Scottish Leaving Certificate Examination, 1958
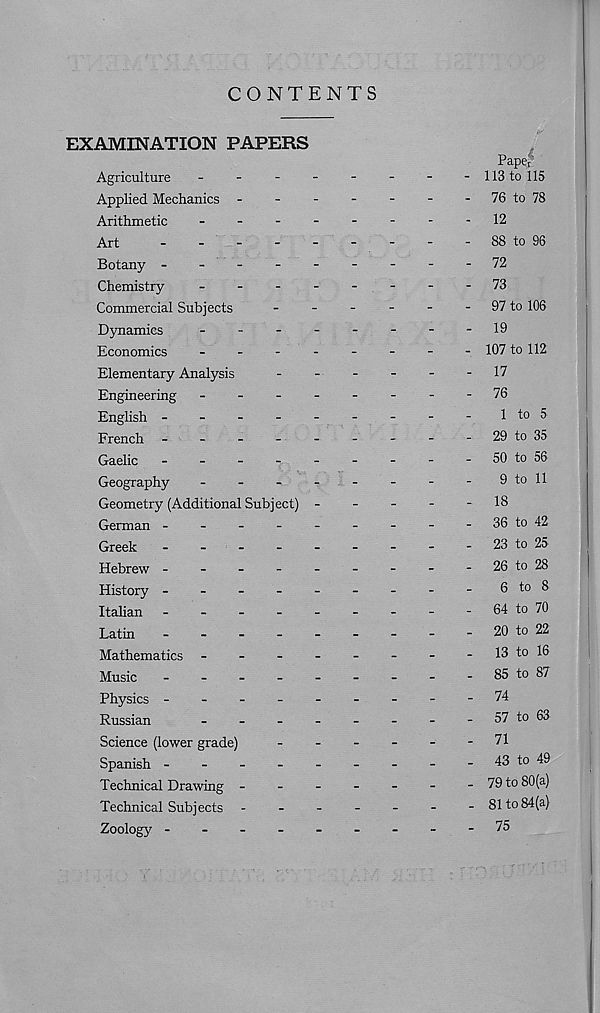
CONTENTS
EXAMINATION PAPERS
Pape r
Agriculture
-
-
-
-
-
-
-
- 113 to 115
Applied Mechanics -
-
-
-
-
-
- 76 to 78
Arithmetic
-------- 12
Art
-
-
-
-
-
-
-
-
-88 to 96
Botany ---------72
Chemistry
-------- 73
Commercial Subjects
-
-
-
-
-
- 97 to 106
Dynamics
-
--
--
--
-19
Economics
-
--
--
--
- 107 to 112
Elementary Analysis
-
-
-
-
-
-17
Engineering
-
--
--
--
- 7Q
English -
-
-
-
-
-
-
-
-
1 to 5
French -
-
-
-
-
-
-
-
-29 to 35
Gaelic
-
-
-
-
50 to 56
Geography
-
-
-
-
-
-
-
-
9 to 11
Geometry (Additional Subject) -----
18
German -
-
-
-
-
-
-
-
-36 to 42
Greek
-
-
-
-
-
-
-
-
-23 to 25
Hebrew -
-
-
-
-
-
-
-
-26 to 28
History -
-
-
-
-
-
-
-
-
6 to 8
Italian -
-
-
-
-
-
-
-
-64 to 70
Latin
-
-
-
-
-
-
-
-
-20 to 22
Mathematics -
-
-
-
-
-
-
-
13 to 16
Music
-
-
-
-
-
-
-
-
-85 to 87
Physics ---------74
Russian
-
-
-
-
-
-
-
-
57 to 63
Science (lower grade)
-
-
-
-
-
-
71
Spanish -
-
-
-
-
-
-
-
-43 to 49
Technical Drawing -
-
-
-
-
-
-79 to 80(a)
Technical Subjects ------- 81 to 84(a)
Zoology ---------75